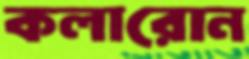
কলারোন